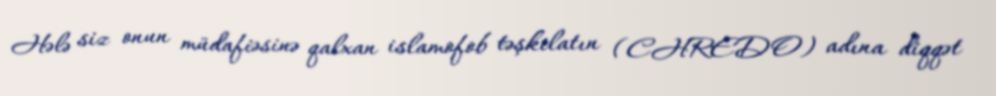
Hələ siz onun müdafiəsinə qalxan islamofob təşkilatın (CHREDO) adına diqqət